Annual report of the Bengal Veterinary College and of the Civil Veterinary Department, Bengal, for the year 1915-16 - 1915-1916
Year: 1915
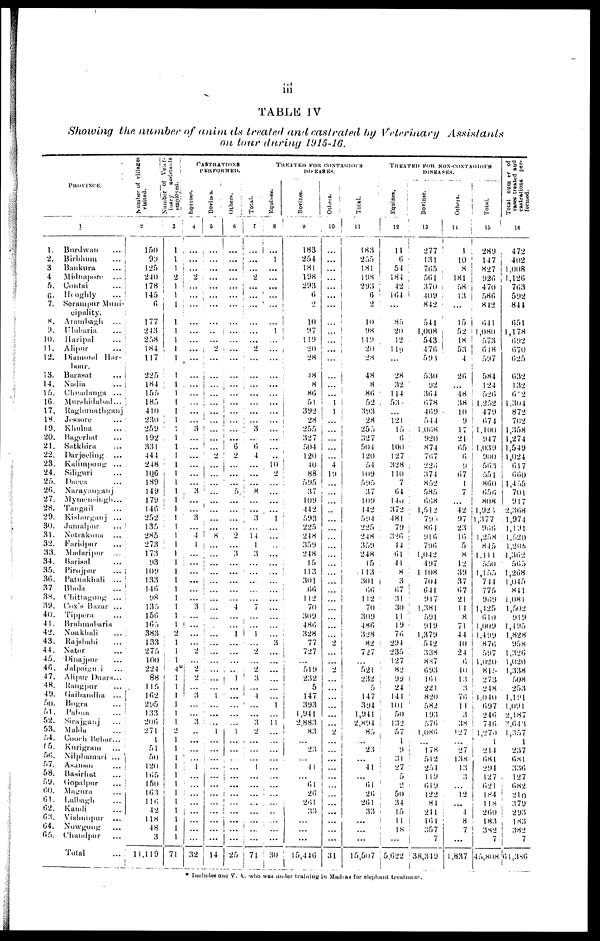
iii
TABLE IV
Showing the number of animals treated and castrated by Veterinary
Assistants
on tour during 1915-16.
PROVINCE.
1
1.
2.
3
4
5.
6.
7.
8.
9.
10.
11.
12.
13.
14.
15.
16.
17.
18.
19.
20.
21.
22.
23.
24.
25.
20.
27.
28.
29.
30.
31.
32.
33.
34.
35.
3(5.
37.
38.
39.
40.
41.
42.
43.
44.
45.
40.
47.
48.
49.
50.
51.
52.
53.
54.
55.
50.
57.
58.
59.
00.
61.
62.
63.
04.
05.
Bardwan ...
Birbhum
...
Bankura
...
Midnapore ...
Contai
...
Hooghly
...
Serampur Muni-
cipality.
Arambagh ...
Ulubaria
...
Haripal ...
Alipur
...
Diamond Har-
bour.
Barasat ...
Nadia ...
Cheadanga ...
Murshidabad ...
Raghunathganj
Jessore ...
Khulna ...
Bagerhat ...
Satkhira ...
Darjeeling ...
Kalimpong ...
Siliguri ...
Dacca ...
Narayanganj
Mymensingh
...
Tangail ...
Kishorganj ...
Jamalpur ...
Notrakona ...
Faridpur ...
Madaripur ...
Barisal ...
Pirojpur ...
Patuakhali
...
Bhola ...
Chittagong ...
Cox's Bazar ...
Tippera ...
Brahmaharia
Noakhali ...
Rajshahi ...
Natur ...
Dinajpur ...
Jalpaigui ...
Alipur Duars ...
Rangpur ...
Gaibandha
...
Bugra ...
Palun ...
Sirajganj ...
Malda ...
Cooch Behar...
Kurigram ...
Nilphamari ...
Asanson ...
Basirhat ...
Gopalpur ...
Magura ...
Lalbagh ...
Kandi ...
Vishnupur ...
Nowgong ...
Chandpur ...
Total ...
Number
of villages
visited.
2
150
99
125
240
178
145
6
177
243
258
184
117
225
184
155
185
410
230
259
192
331
444
248
106
189
149
179
146
252
135
285
273
173
93
109
133
146
98
135
150
165
383
133
275
100
224
88
115
102
295
133
200
271
1
51
50
120
165
150
163
116
42
118
48
3
11,119
Number of Veat-
inary
assistants
employed.
3
1
1
1
2
1
1
1
1
1
1
1
1
1
1
1
1
1
1
1
1
1
1
1
1
1
1
1
1
1
1
1
1
1
1
1
1
1
1
1
1
1
1
1
1
1
4º
1
1
1
1
1
1
1
1
1
1
1
1
1
1
1
1
1
1
1
71
CASTRATIONS
PERFORMED.
Equines.
4
......
...
...
2
...
...
...
...
...
...
...
...
...
...
...
...
...
...
3
...
...
...
...
...
...
3
...
...
3
...
4
1
...
......
...
...
...
...
3
...
...
...
...
2
...
2
2
...
3
...
...
3
..
...
...
...
1
...
...
...
...
...
...
...
...
32
Bovines.
6
...
...
...
...
...
...
...
...
...
...
2
...
...
...
...
...
...
...
...
...
...
2
... ...
...
...
...
...
...
...
8
...
...
...
...
...
...
...
...
...
...
...
...
...
...
...
...
...
1
...
...
...
1
...
...
...
...
...
...
...
...
...
...
...
...
14
Others.
6
...
...
...
...
...
...
...
...
...
...
...
...
...
...
...
...
...
...
...
...
6
2
...
...
...
5.
...
...
...
...
2
...
3
...
...
...
...
...
4
...
...
1
...
...
...
..
1
...
...
...
...
...
1
...
...
...
... ...
...
...
...
...
...
...
...
25
Total.
7
...
...
...
2
...
...
...
...
...
...
2
...
...
...
...
...
...
...
3
...
0
4
...
...
...
8
...
...
3
14
1
3
...
...
...
...
7
...
...
1
2
...
2
3
...
4
...
...
3
2
...
...
...
1
...
...
...
...
...
...
...
...
71
TREATED FOR CONTAGIONSS
DISEASES.
Equines.
8
...
1
...
...
...
...
...
...
1
...
...
...
...
...
...
...
...
...
...
...
...
...
10
2
...
...
...
...
1
...
...
...
...
...
...
...
...
...
...
...
...
3
...
...
...
...
...
...
1
...
11
...
...
...
...
...
...
...
...
...
...
...
30
Bovines.
9
183
254
181
198
293
0
2
10
97
119
20
28
48
8
80
51
392
28
255
327
504
120
10
88
595
37
109
442
593
225
248
359
248
15
|
113
301
66
112
70
309
480
328
77
727
...
519
232
5
147
393
1,941
2,883
83
...
23
...
41
...
61
20
261
33
...
...
...
15,446
Others.
10 |
...
...
...
...
...
...
...
...
...
...
...
...
...
...
...
1
1
...
...
...
...
...
4
19
...
...
...
...
...
...
...
...
...
...
...
...
...
...
...
...
...
...
2
...
...
2
...
...
...
...
...
...
2
...
...
...
...
...
...
...
...
...
...
...
...
31
Total.
11
183
255
181
198
293
6
2
10
98
119
20
28
48
8
80
52
393
28
255
327
504
120
54
109
595
37
109
142
594
225
248
359
248
15
113
301
00
142
70
309
480
328
82
727
...
521
232
5
147
394
1,941
2,894
85
...
23
...
41
...
61
20
261
33
...
...
...
15,507
TREATED FOR NON-CONTACIOUS
DISEASES.
Equines.
12
11
6
54
184
42
164
...
85
20
12
119
...
28
32
114
53
...
121
15
6
100
127
328
110;
7
04
140
372
481
79
320
44
61
41
8
3
67
31
30
11
19
70
294
235
127
82
99
24
144
101
50
132
57
1
9
31
27
5
2
50
34
15
11
18
...
5,022
Bovince.
13
277
131
765
561
370 i
409
842
541
1,008
543
470
593
530
92
304
078
469
544
1,068
920
874
707
220
374
852
585
008
1,612
790
804
916
796
1,042
497
1,108
704
041
917
1,381
591
919
1,379
542
338
887
093
161
221
820
582
193
570
1,086
...
178
542
251
119
619
122
84
241
164
357
7
38,349
Others.
12
1
10
8
181
58
13
...
15
52 i
18
53 |
...
i
20
...
48
38
10
9
17
21
05
0
9
07
1
7
...
42
97
23
10
6
8
12
39
37
67
21
14
8
71
44
40
24
0
40
13
3
76
14
3
38
127
...
27
138
13
3
...
12
...
4
8 7
...
1,837
Total.
15
289
147
827
920
470
580
842
041
1,080
573
018
597
584
124
520
1,252
479
074
1.100
947
1,039
900
503
551
800
050
808
1,924
1,377
966
1,258
845
1,111
550
1,155
744
775
909
1,425
610
1,009
1,499
870
597
1,020
815
273
248
1,040
097
240
740
1,270
1
214
081
294
127
621
184
118
200
183
382
7
45,808
Total number of
cases treated and
castrations per-
formed.
16
472
402
1,008
1,12(5
703
592
844
651
1,178
692
070
025
032
132
6.2
1,304
872
702
1,358
1,274
1,549
1,024
617
000
1,455
701
917
2,308
1,974
1,191
1,520
1,205
1,302
505
1,268
1,045
841
1,081
1,502
919
1,495
1,828
958
1,326
1,020
1,338
508
253
1,191
1,091
2,187
2,643
1,357
1
237
681
330
127
| 082
210
379
293
183
382
7
61,386
* Includes one V. A. who was under training in Madias for elephant treatment.